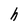
Character: h